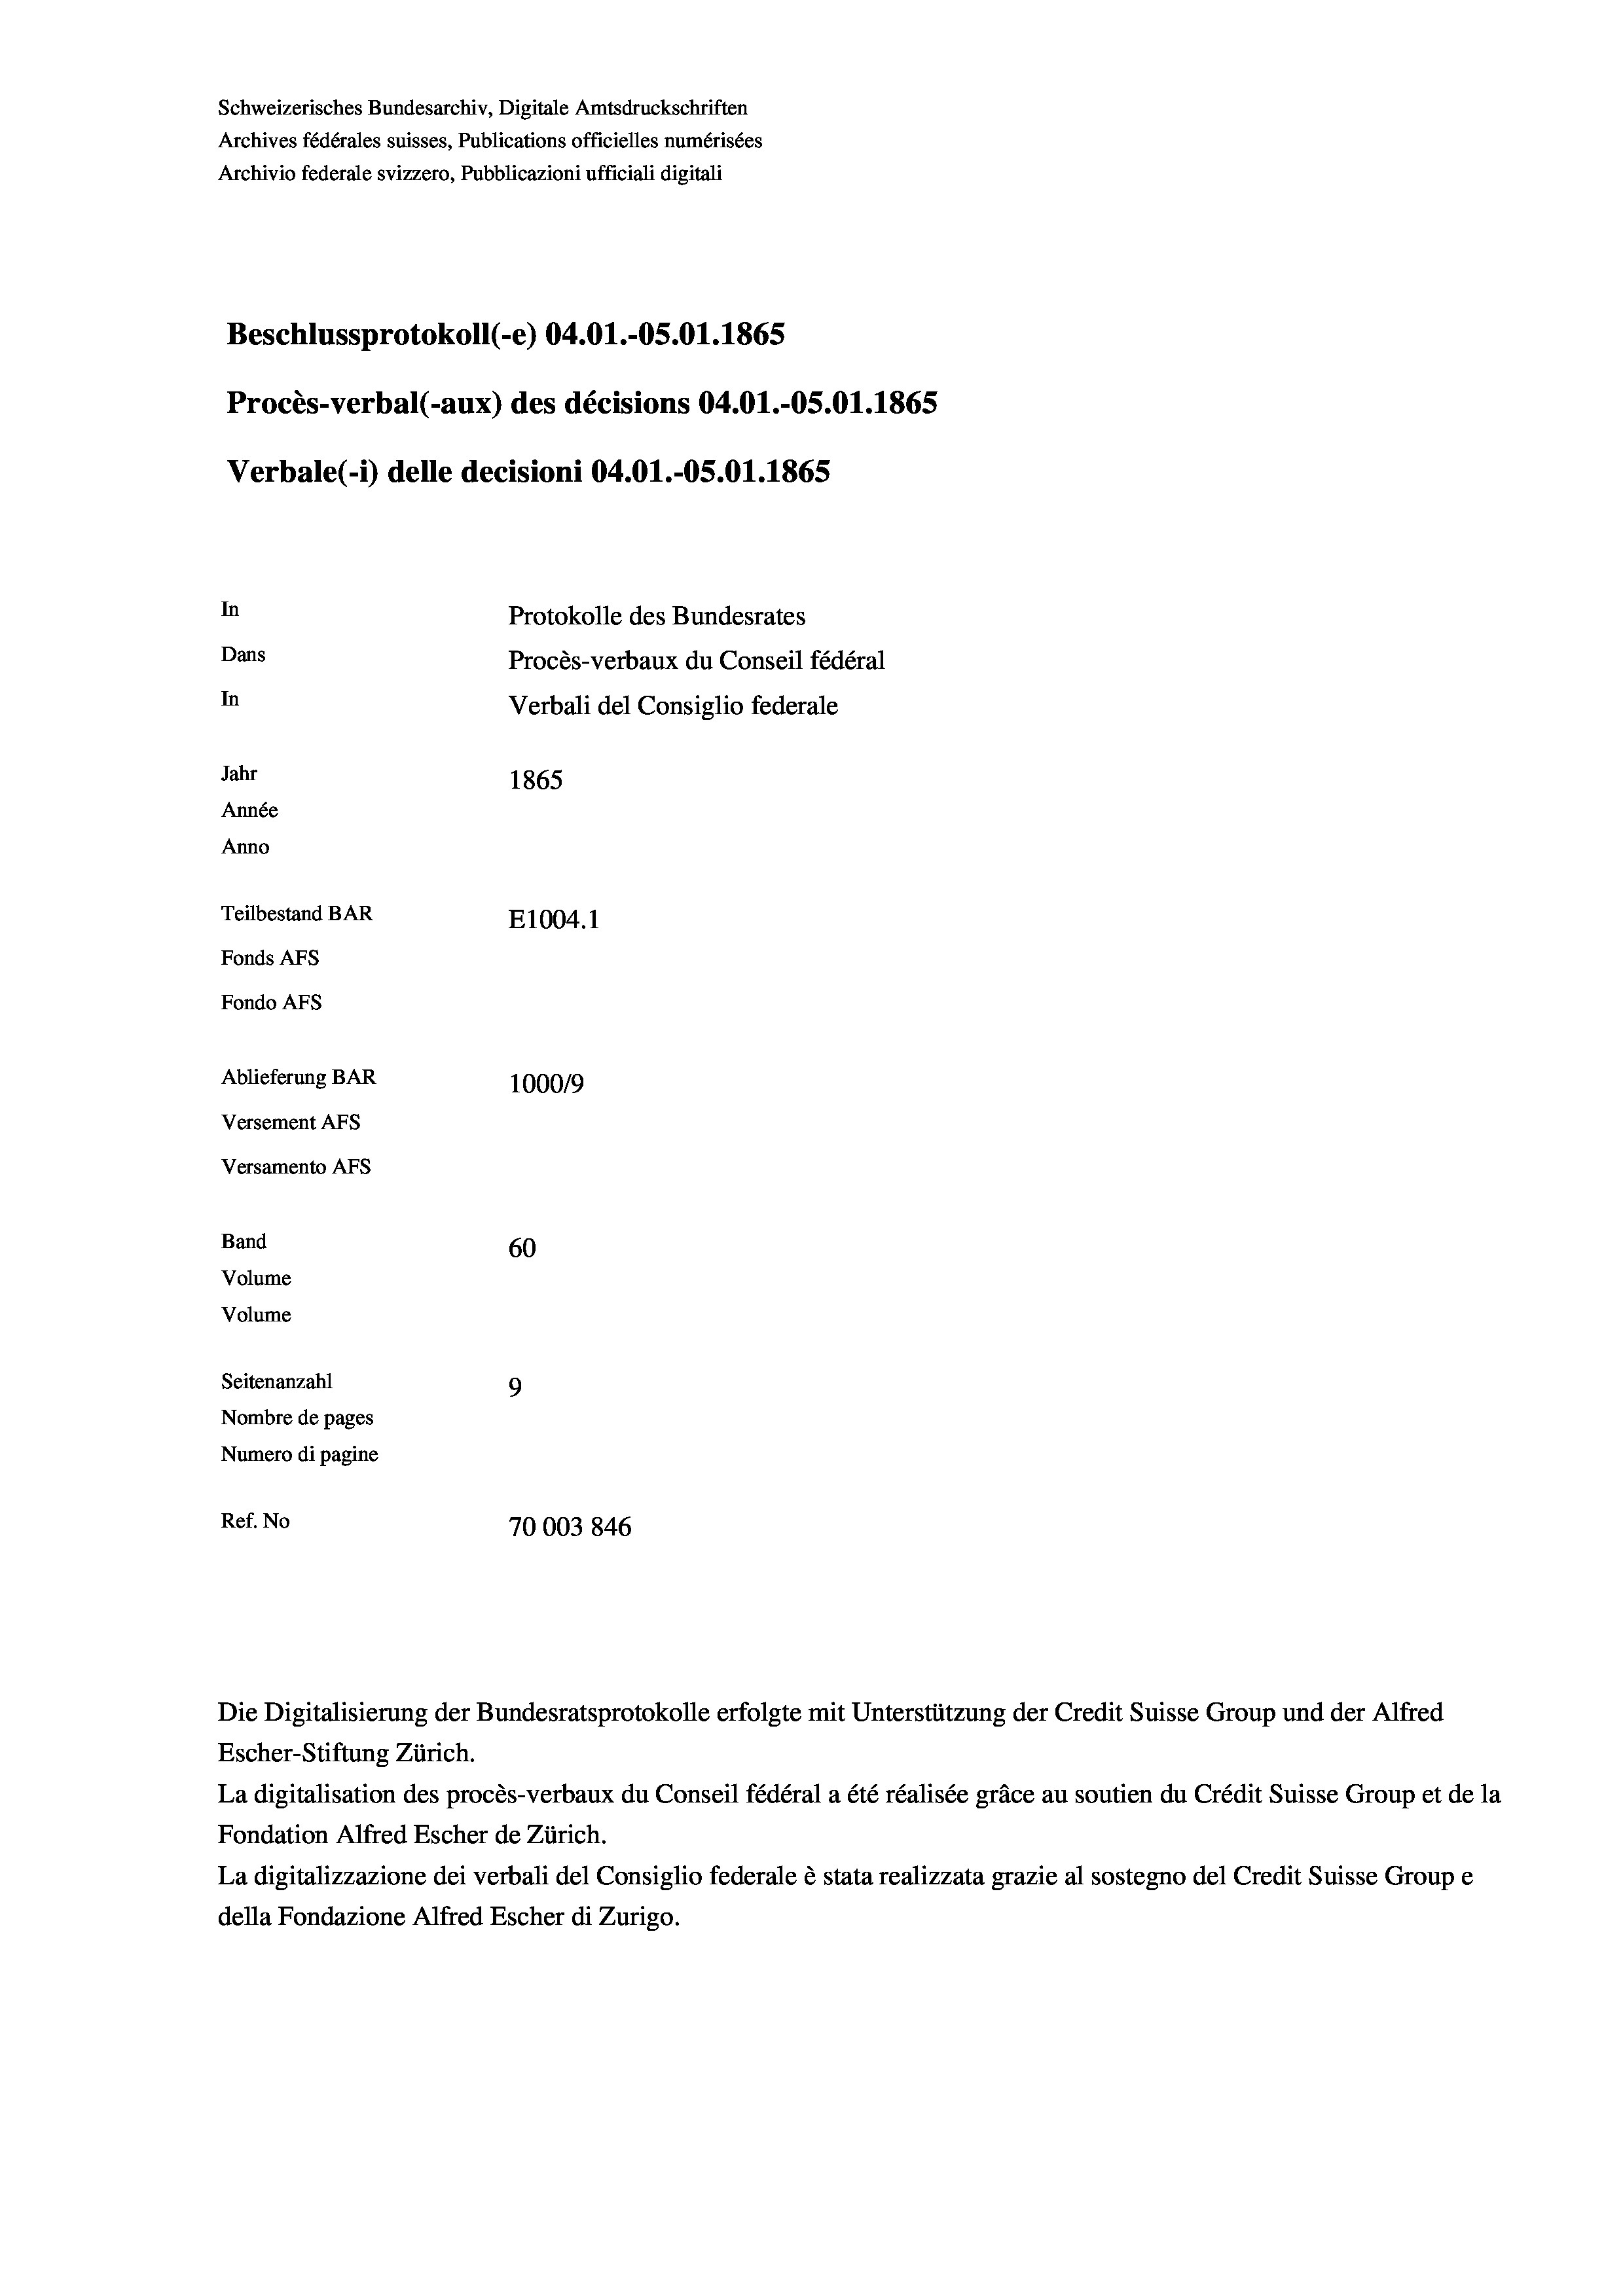
Schweizerisches Bundesarchiv, Digitale Amtsdruckschriften
Archives fédérales suisses, Publications officielles numérisées
Archivio federale svizzero, Pubblicazioni ufficiali digitali
Beschlussprotokoll (-e) 04.01.-OS.01. 1865
Procès-verbal (-aux) des décisions 04.01.-OS.01. 1865
Verbale (1) delle decisioni 04.01.-OS.01. 1865
In
Protokolle des Bundesrates
Dans
Procès-verbaux du Conseil fédéral
In
Verbali del Consiglio federale
Jahr
1865
Année
Anno
Teilbestand BAR
E1004.1
Fonds AFs
Fondo Afs
Ablieferung BAR
100019
Versement AFs
Versamento AFs

Band
Volume
Volume

60
Seitenanzahl
9
Nombre de pages
Numero di pagine
Ref. No
70003 846

Escher-Stiftung Zürich.
La digitalisation des procès-verbaux du Conseil fédéral a été réalisée gräce au soutien du Crédit Suisse Group et de la
Fondation Alfred Escher de Zürich.
La digitalizzazione dei verbali del Consiglio federale è stata realizzata grazie al sostegno del Credit Suisse Groupe
della Fondazione Alfred Escher di Zurigo.

Die Digitalisierung der Bundesratsprotokolle erfolgte mit Unterstützung der Credit Suisse Group und der Alfred